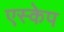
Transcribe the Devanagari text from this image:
एस्‍केप